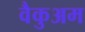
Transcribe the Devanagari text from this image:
वैकुअम